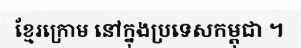
ខ្មែរក្រោម នៅក្នុងប្រទេសកម្ពុជា ។